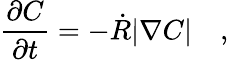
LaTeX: \frac{\partial C}{\partial t}=-\dot{R}|\nabla C|\quad,